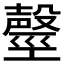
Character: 𣫒